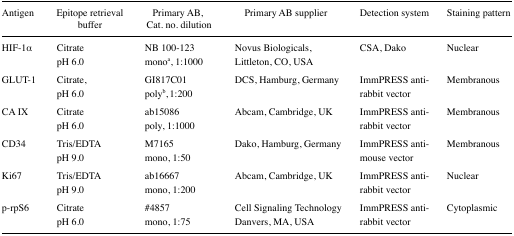
| Antigen | Epitope retrieval buffer | Primary AB, Cat. no. dilution | Primary AB supplier | Detection system | Staining pattern |
 | --- | --- | --- | --- | --- | --- |
 | HIF-1α | CitratepH 6.0 | NB 100–123monoa, 1:1000 | Novus Biologicals, Littleton, CO, USA | CSA, Dako | Nuclear |
 | GLUT-1 | Citrate, pH 6.0 | GI817C01polyb, 1:200 | DCS, Hamburg, Germany | ImmPRESS anti-rabbit vector | Membranous |
 | CA IX | CitratepH 6.0 | ab15086poly, 1:1000 | Abcam, Cambridge, UK | ImmPRESS anti-rabbit vector | Membranous |
 | CD34 | Tris/EDTApH 9.0 | M7165mono, 1:50 | Dako, Hamburg, Germany | ImmPRESS anti-mouse vector | Membranous |
 | Ki67 | Tris/EDTApH 9.0 | ab16667mono, 1:200 | Abcam, Cambridge, UK | ImmPRESS anti-rabbit vector | Nuclear |
 | p-rpS6 | CitratepH 6.0 | #4857mono, 1:75 | Cell Signaling Technology Danvers, MA, USA | ImmPRESS anti-rabbit vector | Cytoplasmic |